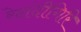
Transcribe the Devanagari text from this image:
रेशंदीगिरि